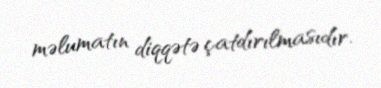
məlumatın diqqətə çatdırılmasıdır.